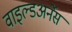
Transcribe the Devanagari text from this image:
वाइल्डअर्नेस